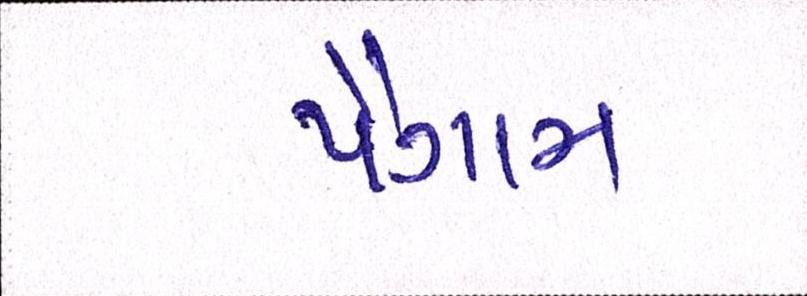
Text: પૈગામ